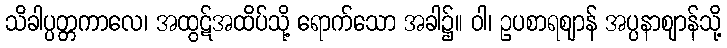
သိခါပ္ပတ္တကာလေ၊ အထွဋ်အထိပ်သို့ ရောက်သော အခါ၌။ ဝါ၊ ဥပစာရဈာန် အပ္ပနာဈာန်သို့